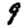
Digit: 9